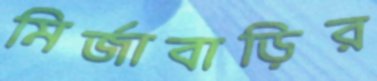
মির্জাবাড়ির